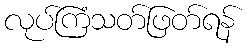
လုပ်ကြံသတ်ဖြတ်ရန်